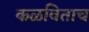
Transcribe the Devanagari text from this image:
कळविताच